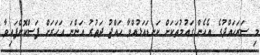
މި ސަރަހައްދުގެ އެހެން ގައުމުތަކަށް ކަނޑައަޅުއްވާ ހައްޖު ދަތުރު އަންނަ އަހަރަށް ފަސްކޮށްފައިވާ